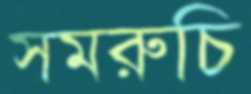
সমরুচি